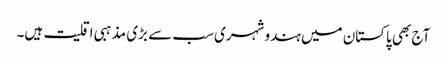
آج بھی پاکستان میں ہندو شہری سب سے بڑی مذہبی اقلیت ہیں۔